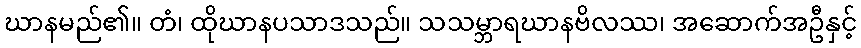
ဃာနမည်၏။ တံ၊ ထိုဃာနပသာဒသည်။ သသမ္ဘာရဃာနဗိလဿ၊ အဆောက်အဦနှင့်